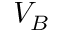
V _ { B }